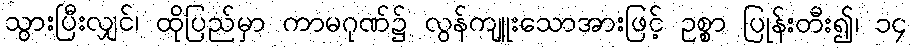
သွားပြီးလျှင်၊ ထိုပြည်မှာ ကာမဂုဏ်၌ လွန်ကျူးသောအားဖြင့် ဥစ္စာ ပြုန်းတီး၍၊ ၁၄